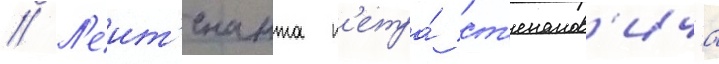
// Л'еит'енанта п'етра́ ст'епанов'ича